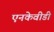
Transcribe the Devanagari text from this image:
एनकेवीडी